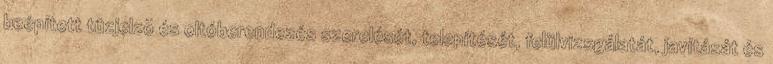
beépített tûzjelzõ és oltóberendezés szerelését, telepítését, felülvizsgálatát, javítását és